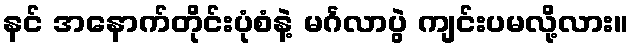
နင် အနောက်တိုင်းပုံစံနဲ့ မင်္ဂလာပွဲ ကျင်းပမလို့လား။